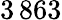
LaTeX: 3\, 863